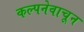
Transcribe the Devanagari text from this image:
कल्पनेवाचून